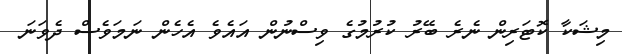
މިޝަކާ ކޮޓަރިން ނެރެ ބޭރު ކުރުމުގެ ވިސްނުން އައެވެ އެހެން ނަމަވެސް ދެވަނަ